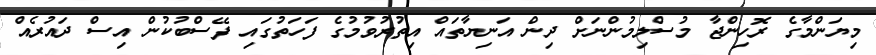
މިޔަންމާގެ ރޮހިންޖާ މުސްލިމުންނަށް ދިން އަނިޔާތައް އިތުރުވުމުގެ ފަހަތުގައި ފޭސްބުކުން އިސް ދައުރެއް